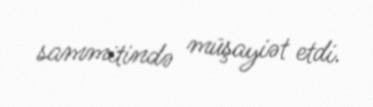
sammitində müşayiət etdi.